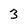
Character: 3